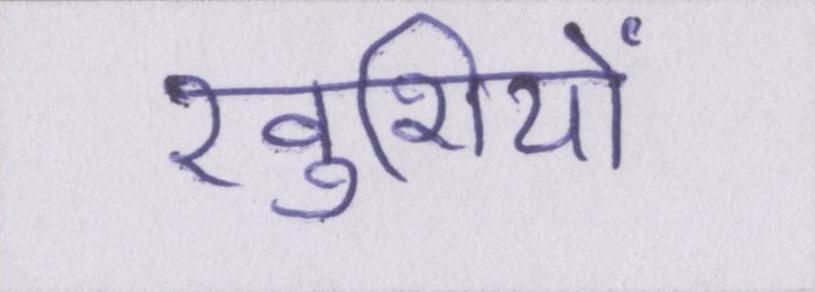
खुशियों